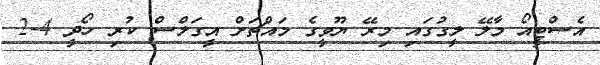
އެސްޓީއޯ މާލޭ ލީގުގައި މިރޭ ޔޫވީގެ މައްޗަށް އީގަލްސް ކުރި ހޯދީ 4-2